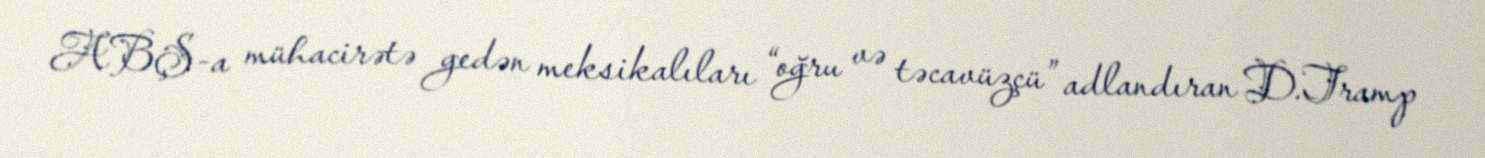
ABŞ-a mühacirətə gedən meksikalıları “oğru və təcavüzçü” adlandıran D.Tramp